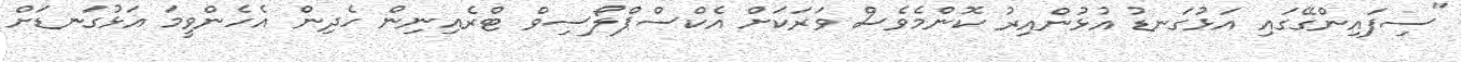
"ސިފައިންގޭގައި އަޅުގަނޑު އުޅުންއިރު ކޮންމެވެސް ވަރަކަށް އެކްސްޕްލޯސިވް ޓްރެއިނިން ހެދިން އެހެންވީމަ އަޅުގަނޑަށް